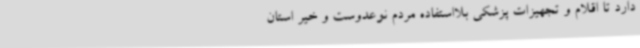
دارد تا اقلام و تجهیزات پزشکی بلااستفاده مردم نوعدوست و خیر استان